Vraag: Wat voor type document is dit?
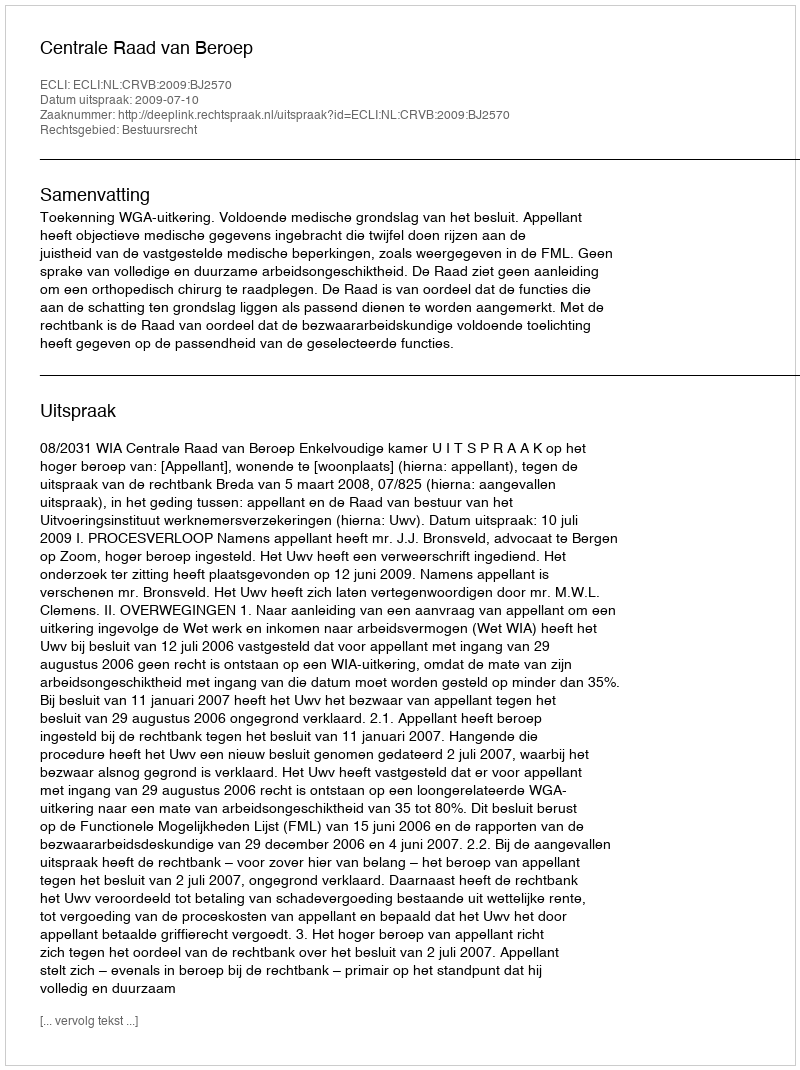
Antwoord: Uitspraak